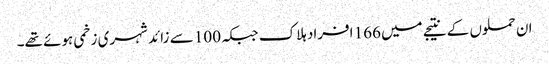
ان حملوں کے نتیجے میں 166 افراد ہلاک جبکہ 100 سے زائد شہری زخمی ہوئے تھے۔